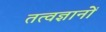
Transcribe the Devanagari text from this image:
तत्वज्ञानों